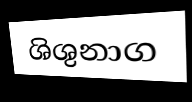
ශිශුනාග